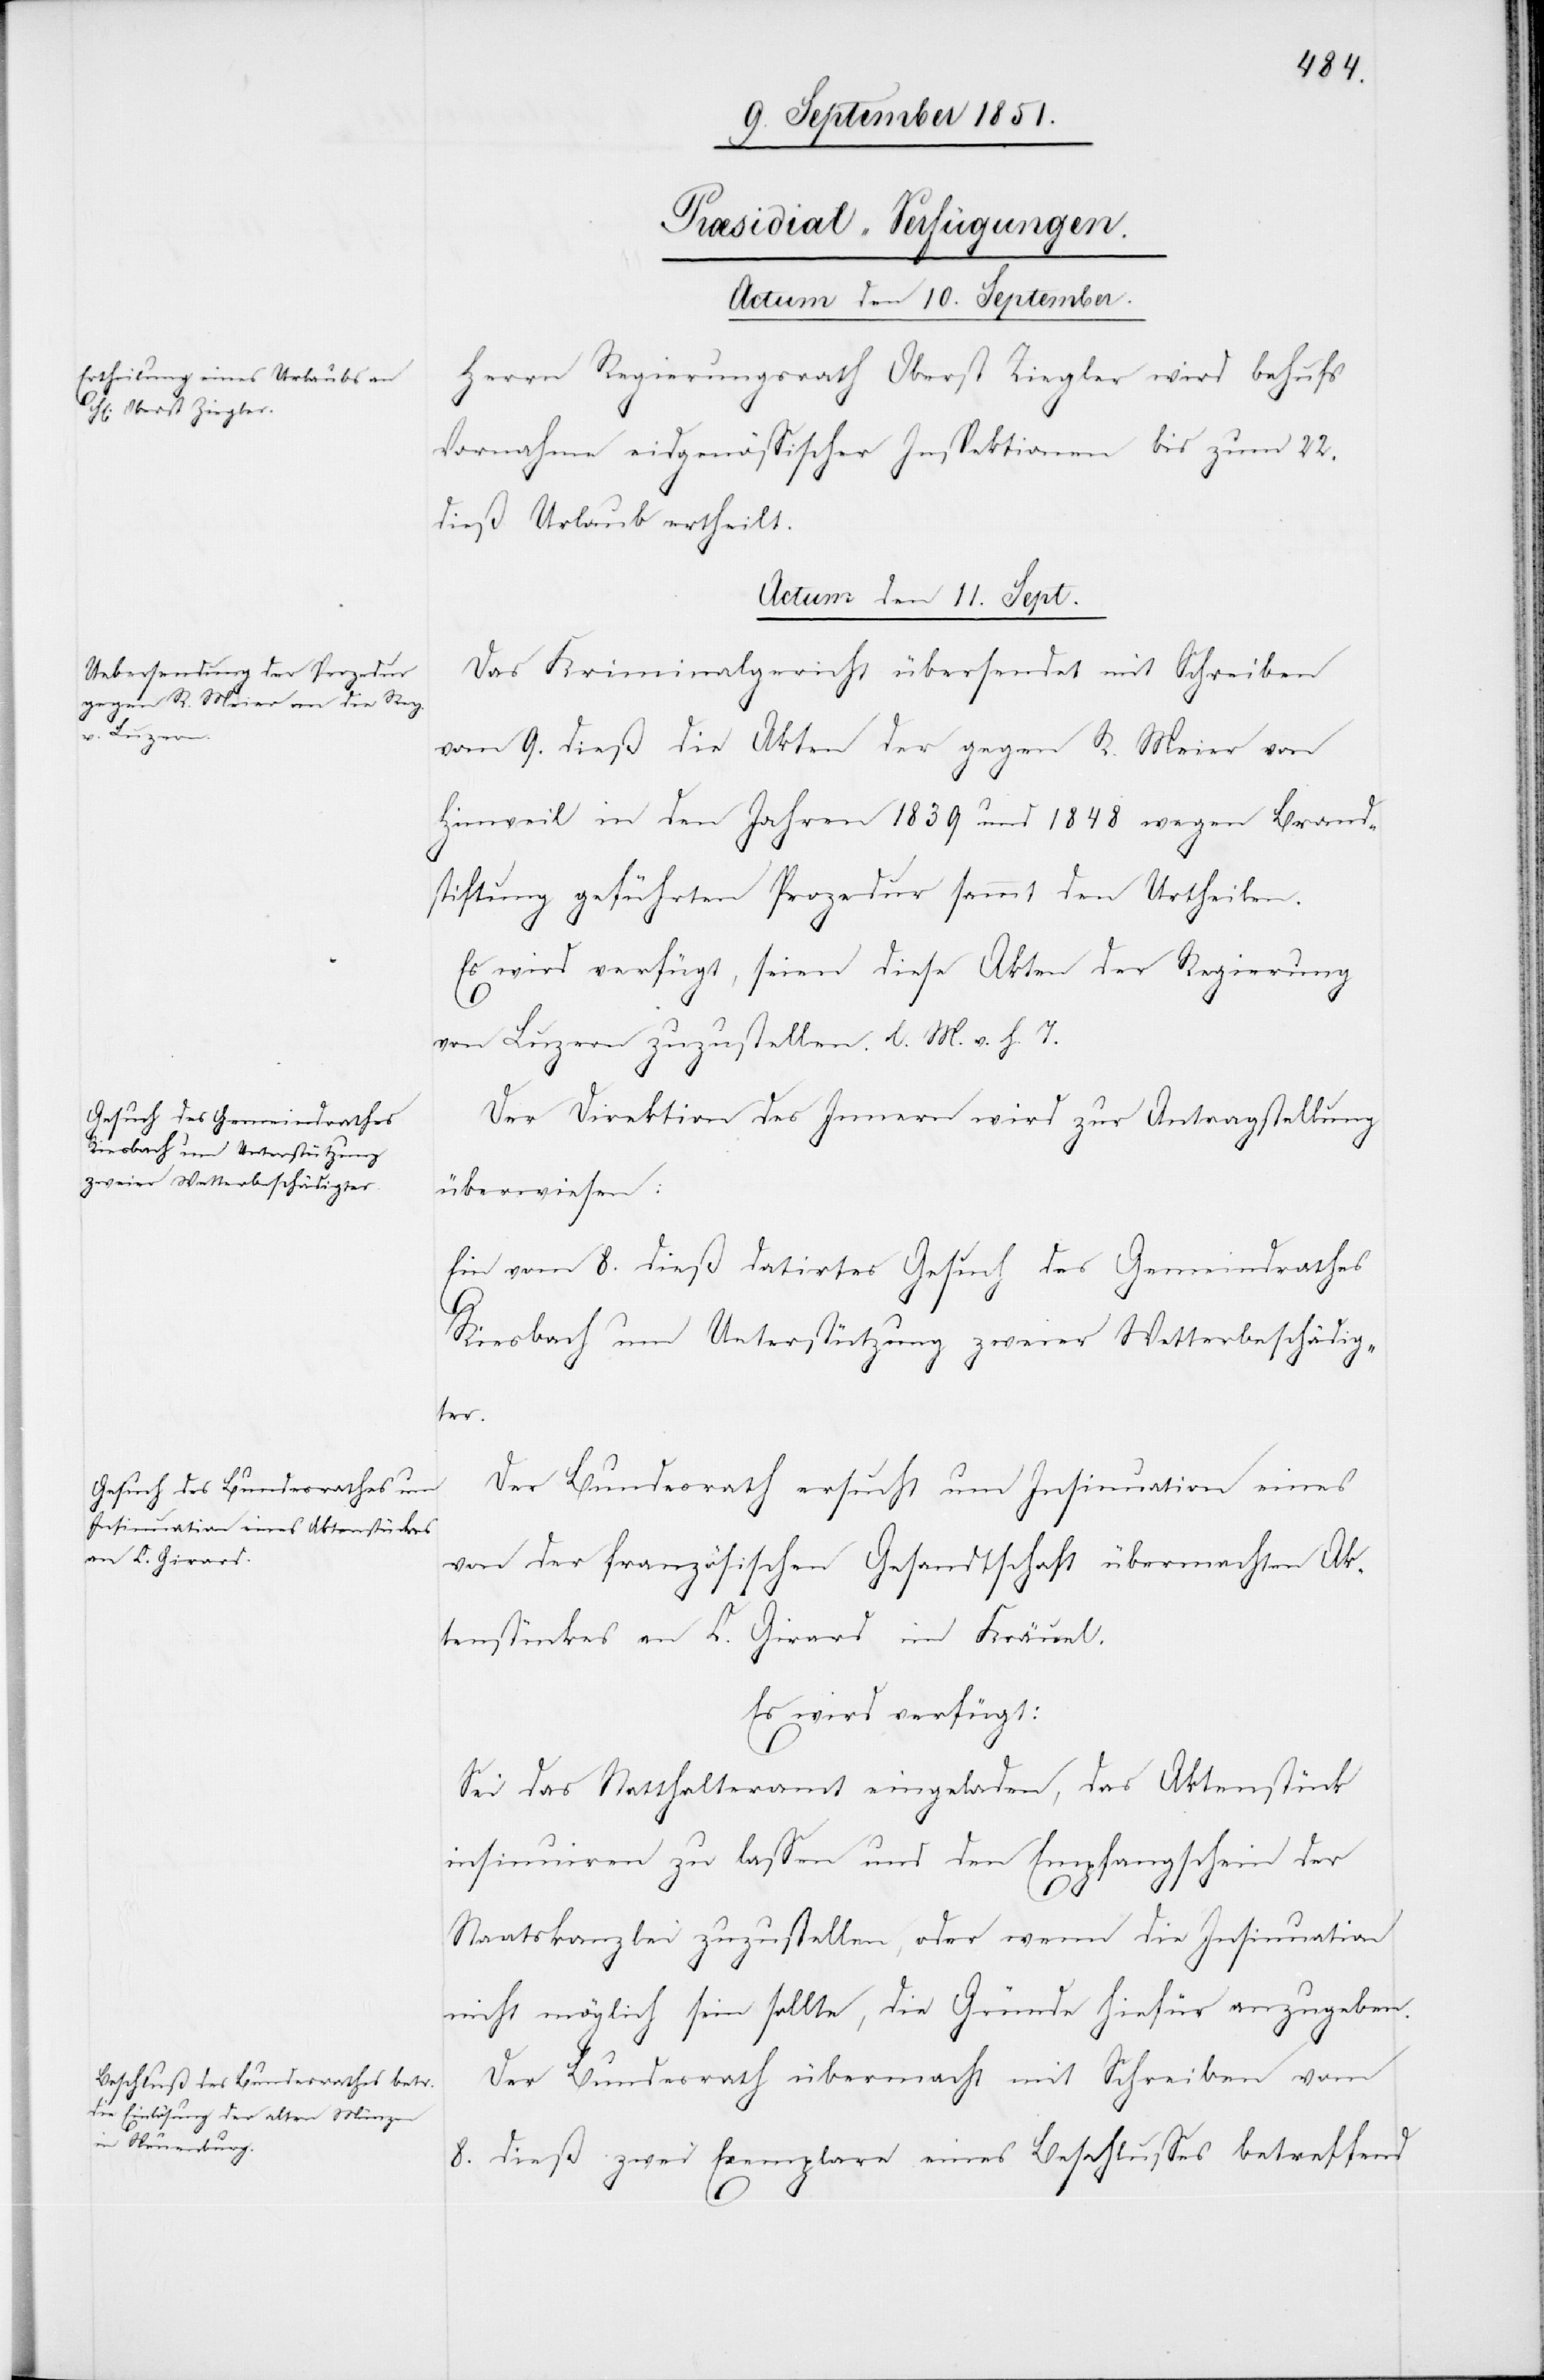
[Præsidial-Verfügungen.
Actum den 10. September.
Herrn Regierungsrath Oberst Ziegler wird behufs
Vornahme eidgenössischer Inspektionen bis zum 22.
dieß Urlaub ertheilt.
Actum den 11. Sept.]
Das Kriminalgericht übersendet mit Schreiben
vom 9. dieß die Akten der gegen R. Meier von
Hinweil in den Jahren 1839 und 1848 wegen Brand¬
stiftung geführten Prozedur sammt den Urtheilen.
Es wird verfügt, seien diese Akten der Regierung
von Luzern zuzustellen. l. M. v. h. T.
Der Direktion des Innern wird zur Antragstellung
überwiesen:
Ein vom 8. dieß datirtes Gesuch des Gemeindrathes
Riesbach um Unterstützung zweier Wetterbeschädig¬
ter.
Der Bundesrath ersucht um Insinuation eines
von der französischen Gesandtschaft übermachten Ak¬
tenstückes an C. Girard im Kräuel.
Es wird verfügt:
Sei das Statthalteramt eingeladen, das Aktenstück
insinuiren zu lassen und den Empfangschein der
Staatskanzlei zuzustellen, oder wenn die Insinuation
nicht möglich sein sollte, die Gründe hiefür anzugeben.
Der Bundesrath übermacht mit Schreiben vom
8. dieß zwei Exemplare eines Beschlusses betreffend